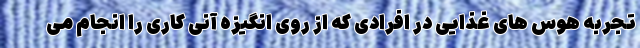
تجربه هوس های غذایی در افرادی که از روی انگیزه آنی کاری را انجام می